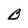
Character: B